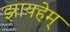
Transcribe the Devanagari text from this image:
झायहेम्